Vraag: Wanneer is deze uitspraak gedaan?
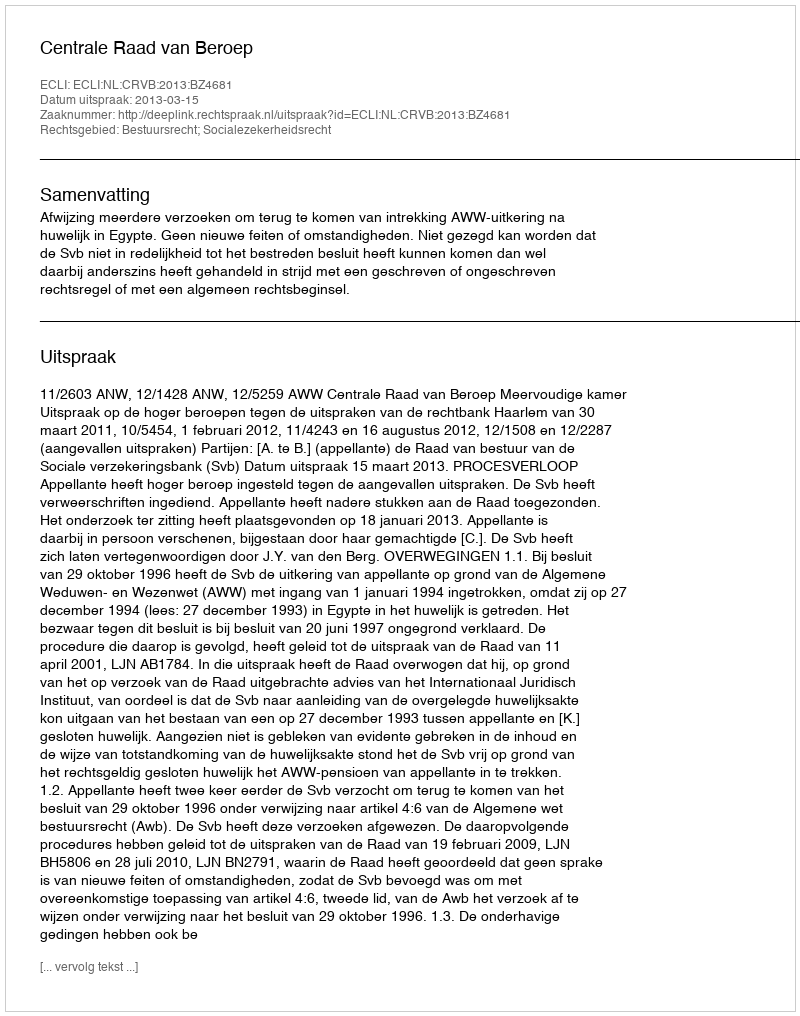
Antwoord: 2013-03-15